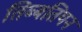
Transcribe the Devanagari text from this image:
तिब्‍बतियन